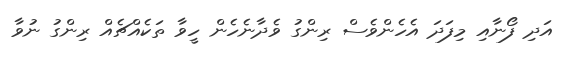
އަދި ފޯނާއި މިފަދަ އެހެންވެސް ރިންގު ވެދާނެހެން ހީވާ ތަކެއްޗެއް ރިންގު ނުވާ